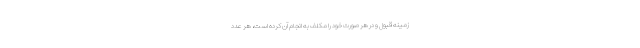
زمینه قبول و در هر صورت خود را مکلف به انجام آن‌ کرده است، هر عدد